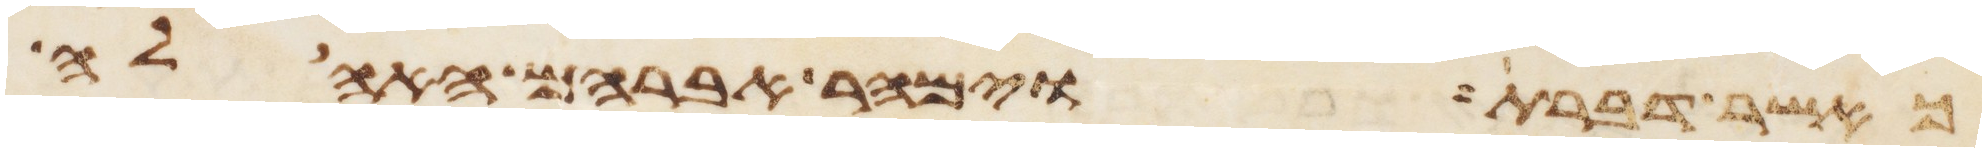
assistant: כאשר דברת וימהר אברהם האהלה